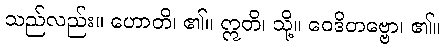
သည်လည်း။ ဟောတိ၊ ၏။ ဣတိ၊ သို့။ ဝေဒိတဗ္ဗော၊ ၏။